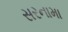
સરનામા